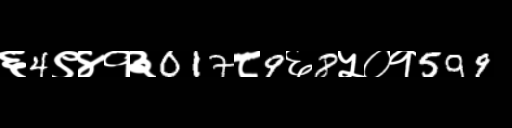
Text: ६4९४१३017८9६8५०१599